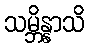
သမ္ဘိန္နာသိ